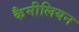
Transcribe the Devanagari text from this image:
कैमीलियन